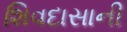
શિવદાસાની